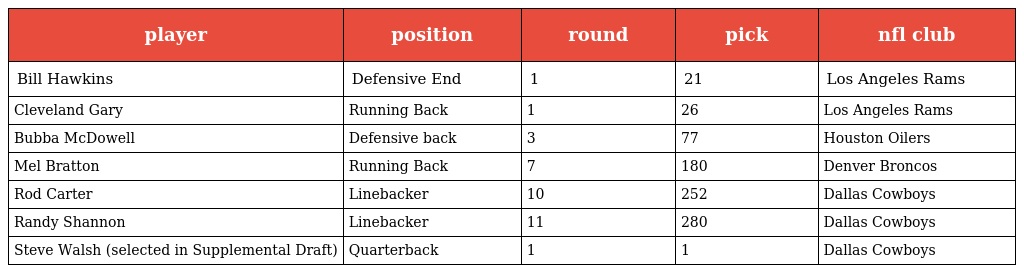
| player | position | round | pick | nfl club |
 | --- | --- | --- | --- | --- |
 | Bill Hawkins | Defensive End | 1 | 21 | Los Angeles Rams |
 | Cleveland Gary | Running Back | 1 | 26 | Los Angeles Rams |
 | Bubba McDowell | Defensive back | 3 | 77 | Houston Oilers |
 | Mel Bratton | Running Back | 7 | 180 | Denver Broncos |
 | Rod Carter | Linebacker | 10 | 252 | Dallas Cowboys |
 | Randy Shannon | Linebacker | 11 | 280 | Dallas Cowboys |
 | Steve Walsh (selected in Supplemental Draft) | Quarterback | 1 | 1 | Dallas Cowboys |